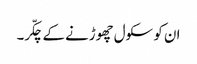
ان کو سکول چھوڑنے کے چکّر۔